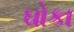
ઘોકા